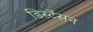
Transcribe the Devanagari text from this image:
डिस्टेंसन